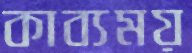
কাব্যময়